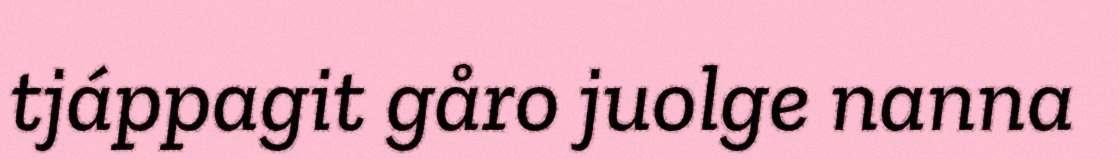
tjáppagit gåro juolge nanna